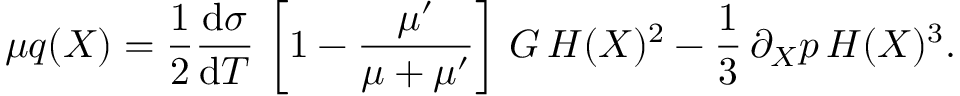
\mu q ( X ) = \frac { 1 } { 2 } \frac { \mathrm { d } \sigma } { \mathrm { d } T } \, \left[ 1 - \frac { \mu ^ { \prime } } { \mu + \mu ^ { \prime } } \right] \, G \, H ( X ) ^ { 2 } - \frac { 1 } { 3 } \, \partial _ { X } p \, H ( X ) ^ { 3 } .